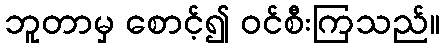
ဘူတာမှ စောင့်၍ ဝင်စီးကြသည်။